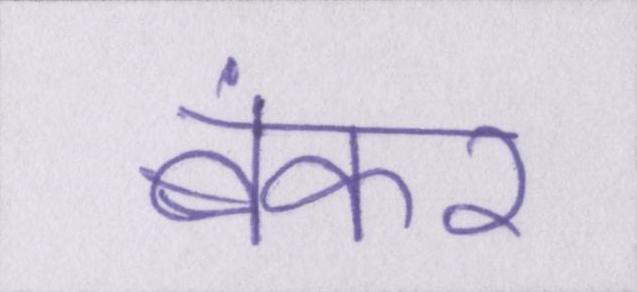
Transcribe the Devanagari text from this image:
बंकर